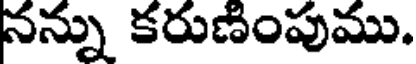
నన్ను కరుణింపుము.